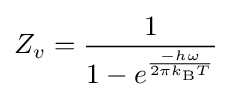
Z_{v}={\frac {1}{1-e^{\frac {-h\omega }{2\pi k_{\text{B}}T}}}}